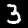
Digit: 3